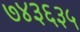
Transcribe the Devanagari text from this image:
७४३६३५